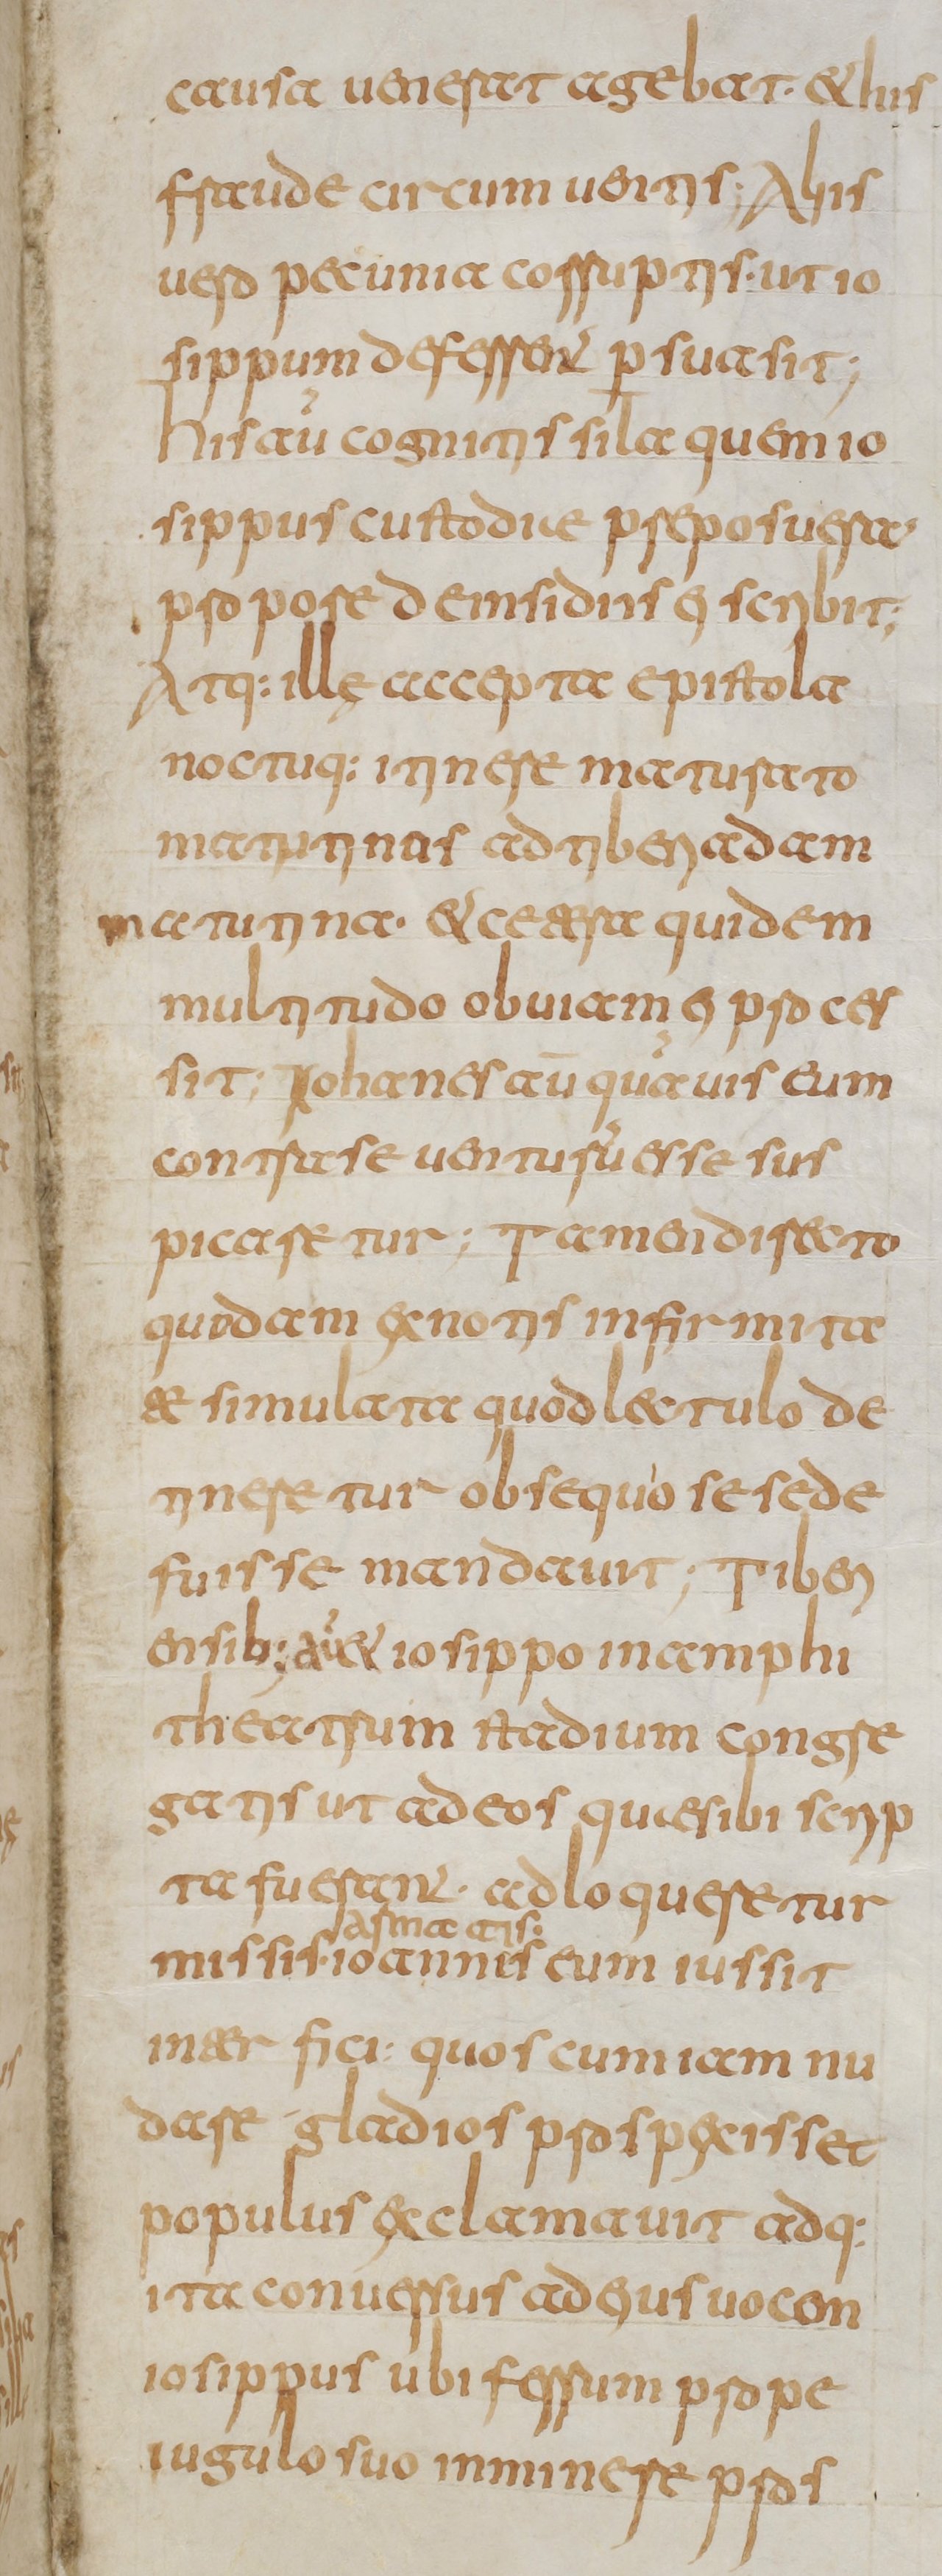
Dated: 800–849